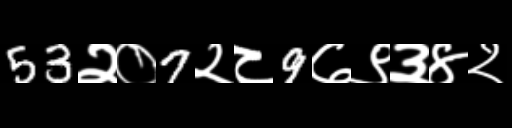
Text: 53२०7२८9७९३४२